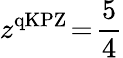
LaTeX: z^{\mathrm{qKPZ}}\! =\! \frac{5}{4}